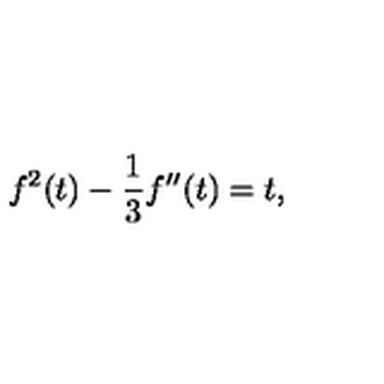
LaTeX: f ^ { 2 } ( t ) - { \frac { 1 } { 3 } } f ^ { \prime \prime } ( t ) = t ,